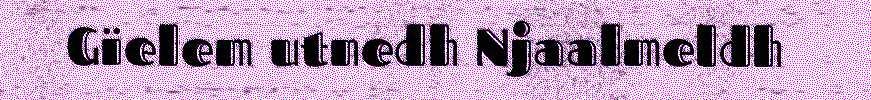
Gïelem utnedh Njaalmeldh